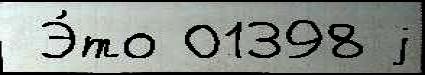
 Э́то 01398 j